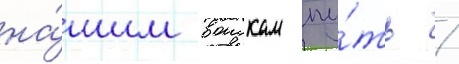
на́шим воискам пу́ть /